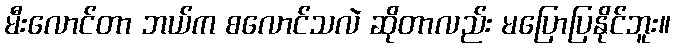
မီးလောင်တာ ဘယ်က စလောင်သလဲ ဆိုတာလည်း မပြောပြနိုင်ဘူး။